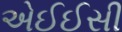
એઈઈસી